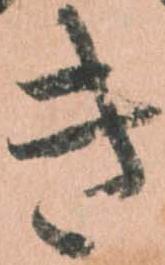
き